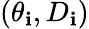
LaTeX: (\theta_{\mathbf{i}},D_{\mathbf{i}})